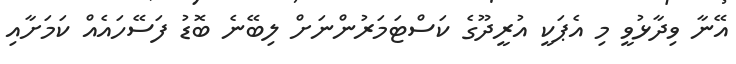
އޭނާ ވިދާޅުވީ މި އެޕަކީ އުރީދޫގެ ކަސްޓަމަރުންނަށް ލިބޭނެ ބޮޑު ފަސޭހައެއް ކަމަށާއި